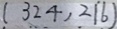
( 3 2 4 , 2 1 \dot { 6 } )